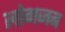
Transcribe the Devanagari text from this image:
लोगजब